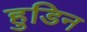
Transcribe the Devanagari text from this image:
हुडिन